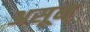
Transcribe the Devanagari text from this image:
असून्